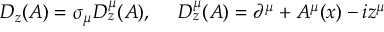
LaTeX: D _ { z } ( A ) = \sigma _ { \mu } D _ { z } ^ { \mu } ( A ) , ~ ~ ~ ~ D _ { z } ^ { \mu } ( A ) = \partial ^ { \mu } + A ^ { \mu } ( x ) - i z ^ { \mu }